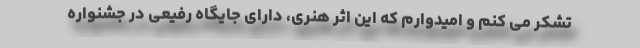
تشکر می کنم و امیدوارم که این اثر هنری، دارای جایگاه رفیعی در جشنواره